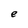
Character: e